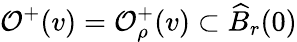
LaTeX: \mathcal{O}^{+}(v)=\mathcal{O}_{\rho}^{+}(v)\subset\widehat{B}_{r}(0)